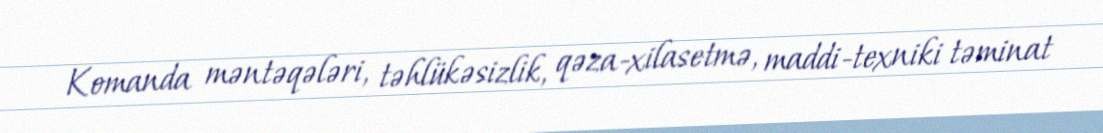
Komanda məntəqələri, təhlükəsizlik, qəza-xilasetmə, maddi-texniki təminat